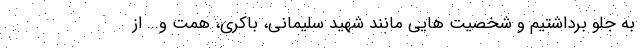
به جلو برداشتیم و شخصیت هایی مانند شهید سلیمانی، باکری، همت و... از